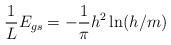
LaTeX: \begin{align*}{1\over L}E_{gs}=-{1\over \pi}h^2\ln(h/m)\end{align*}